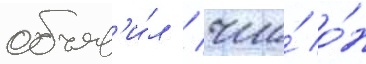
объяв'и́л / что́ о́н